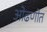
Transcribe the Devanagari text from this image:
ओढणीत